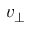
v _ { \perp }